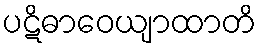
ပဋိဓာဝေယျာထာတိ